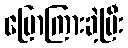
ပြောကြားခဲ့ပြီး